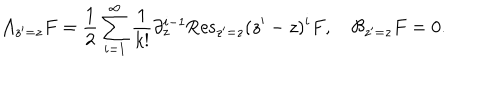
{ \cal A } _ { z ^ { \prime } = z } F = \frac { 1 } { 2 } \sum _ { i = 1 } ^ { \infty } \frac { 1 } { k ! } \partial _ { z } ^ { i - 1 } \mathrm { R e s } _ { z ^ { \prime } = z } ( z ^ { \prime } - z ) ^ { i } F , \hspace { 1 e m } { \cal B } _ { z ^ { \prime } = z } F = 0 .